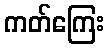
ကတ်ကြေး